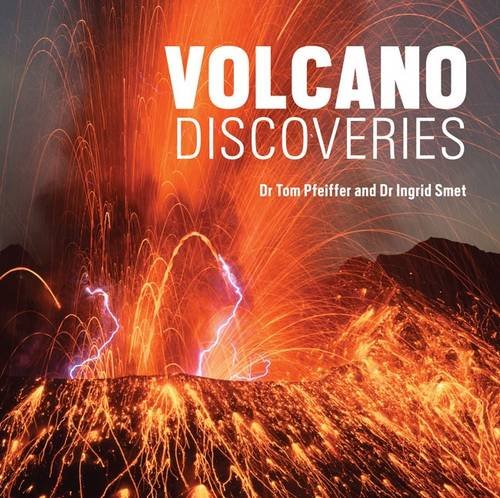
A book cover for Volcano Discoveries: A Photographic Journey Around the World; Ingrid Smet; Science & Math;